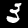
Label: 3